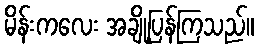
မိန်းကလေး အချို့ပြန်ကြသည်။